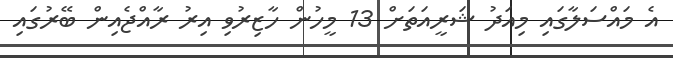
އެ މައްސަލާގައި މިއަދު ޝަރީއަތަށް 13 މީހުން ހާޒިރުވި އިރު ރާއްޖެއިން ބޭރުގައި